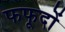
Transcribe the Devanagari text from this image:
फफूदों